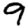
Digit: 9